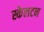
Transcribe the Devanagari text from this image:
स्केलटन